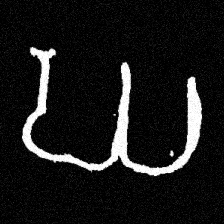
Pyu character \u2014 Myanmar letter: ဃ (romanized: gha)